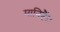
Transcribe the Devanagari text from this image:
मानिहैं।।